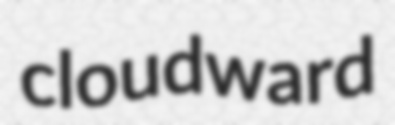
cloudward